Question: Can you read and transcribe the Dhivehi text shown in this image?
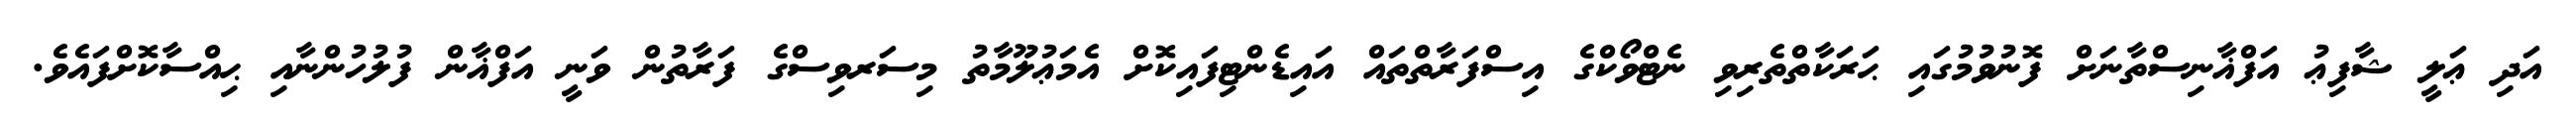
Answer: އަދި ޢަލީ ޝާފިޢު އަފްޣާނިސްތާނަށް ފޮނުވުމުގައި ޙަރަކާތްތެރިވި ނެޓްވޯކްގެ އިސްފަރާތްތައް އައިޑެންޓިފައިކޮށް އެމަޢުލޫމާތު މިސަރވިސްގެ ފަރާތުން ވަނީ އަފްޣާން ފުލުހުންނާއި ޙިއްސާކޮށްފައެވެ.